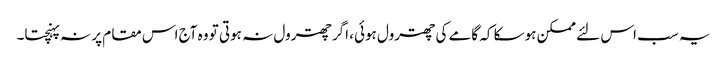
یہ سب اس لئے ممکن ہوسکا کہ گامے کی چھترول ہوئی، اگر چھترول نہ ہوتی تو وہ آج اس مقام پر نہ پہنچتا۔